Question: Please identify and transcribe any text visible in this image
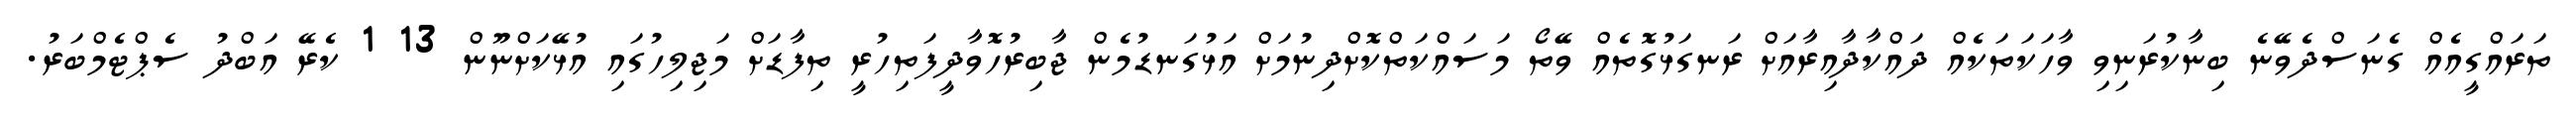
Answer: ތަރައްގީއެއް ގެނަސްދެވޭނެ ބިނާކުރަނިވި ވާހަކަތަކެއް ދައްކާދާއިރާއަށް ރަނގަޅުގޮތެއް ވޭތޯ މަސައްކަތްކޮށްދިނުމަށް އަޅުގަނޑުމެން ޖާބިރުހޮވާދީފަތިހުރީ ތިފާޑަށް މަޖިލިހުގައި އުޅޭކަށްނޫން 13 1 ކެރޭ އަބްދު ސެޕްޓެމްބަރު.